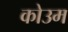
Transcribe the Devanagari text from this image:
कोउम